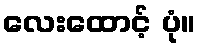
လေးထောင့် ပုံ။